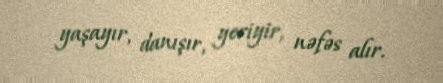
yaşayır, danışır, yeriyir, nəfəs alır.